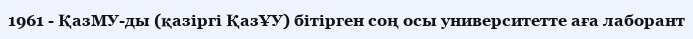
1961 - ҚазМУ-ды (қазіргі ҚазҰУ) бітірген соң осы университетте аға лаборант